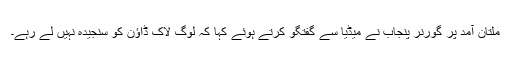
ملتان آمد پر گورنر پنجاب نے میڈیا سے گفتگو کرتے ہوئے کہا کہ لوگ لاک ڈاؤن کو سنجیدہ نہیں لے رہے۔